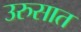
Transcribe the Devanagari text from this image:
उरुसात